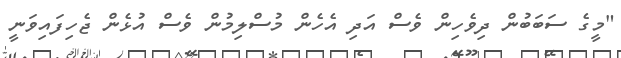
"މީގެ ސަބަބުން ދިވެހިން ވެސް އަދި އެހެން މުސްލިމުން ވެސް އުޅެން ޖެހިފައިވަނީ